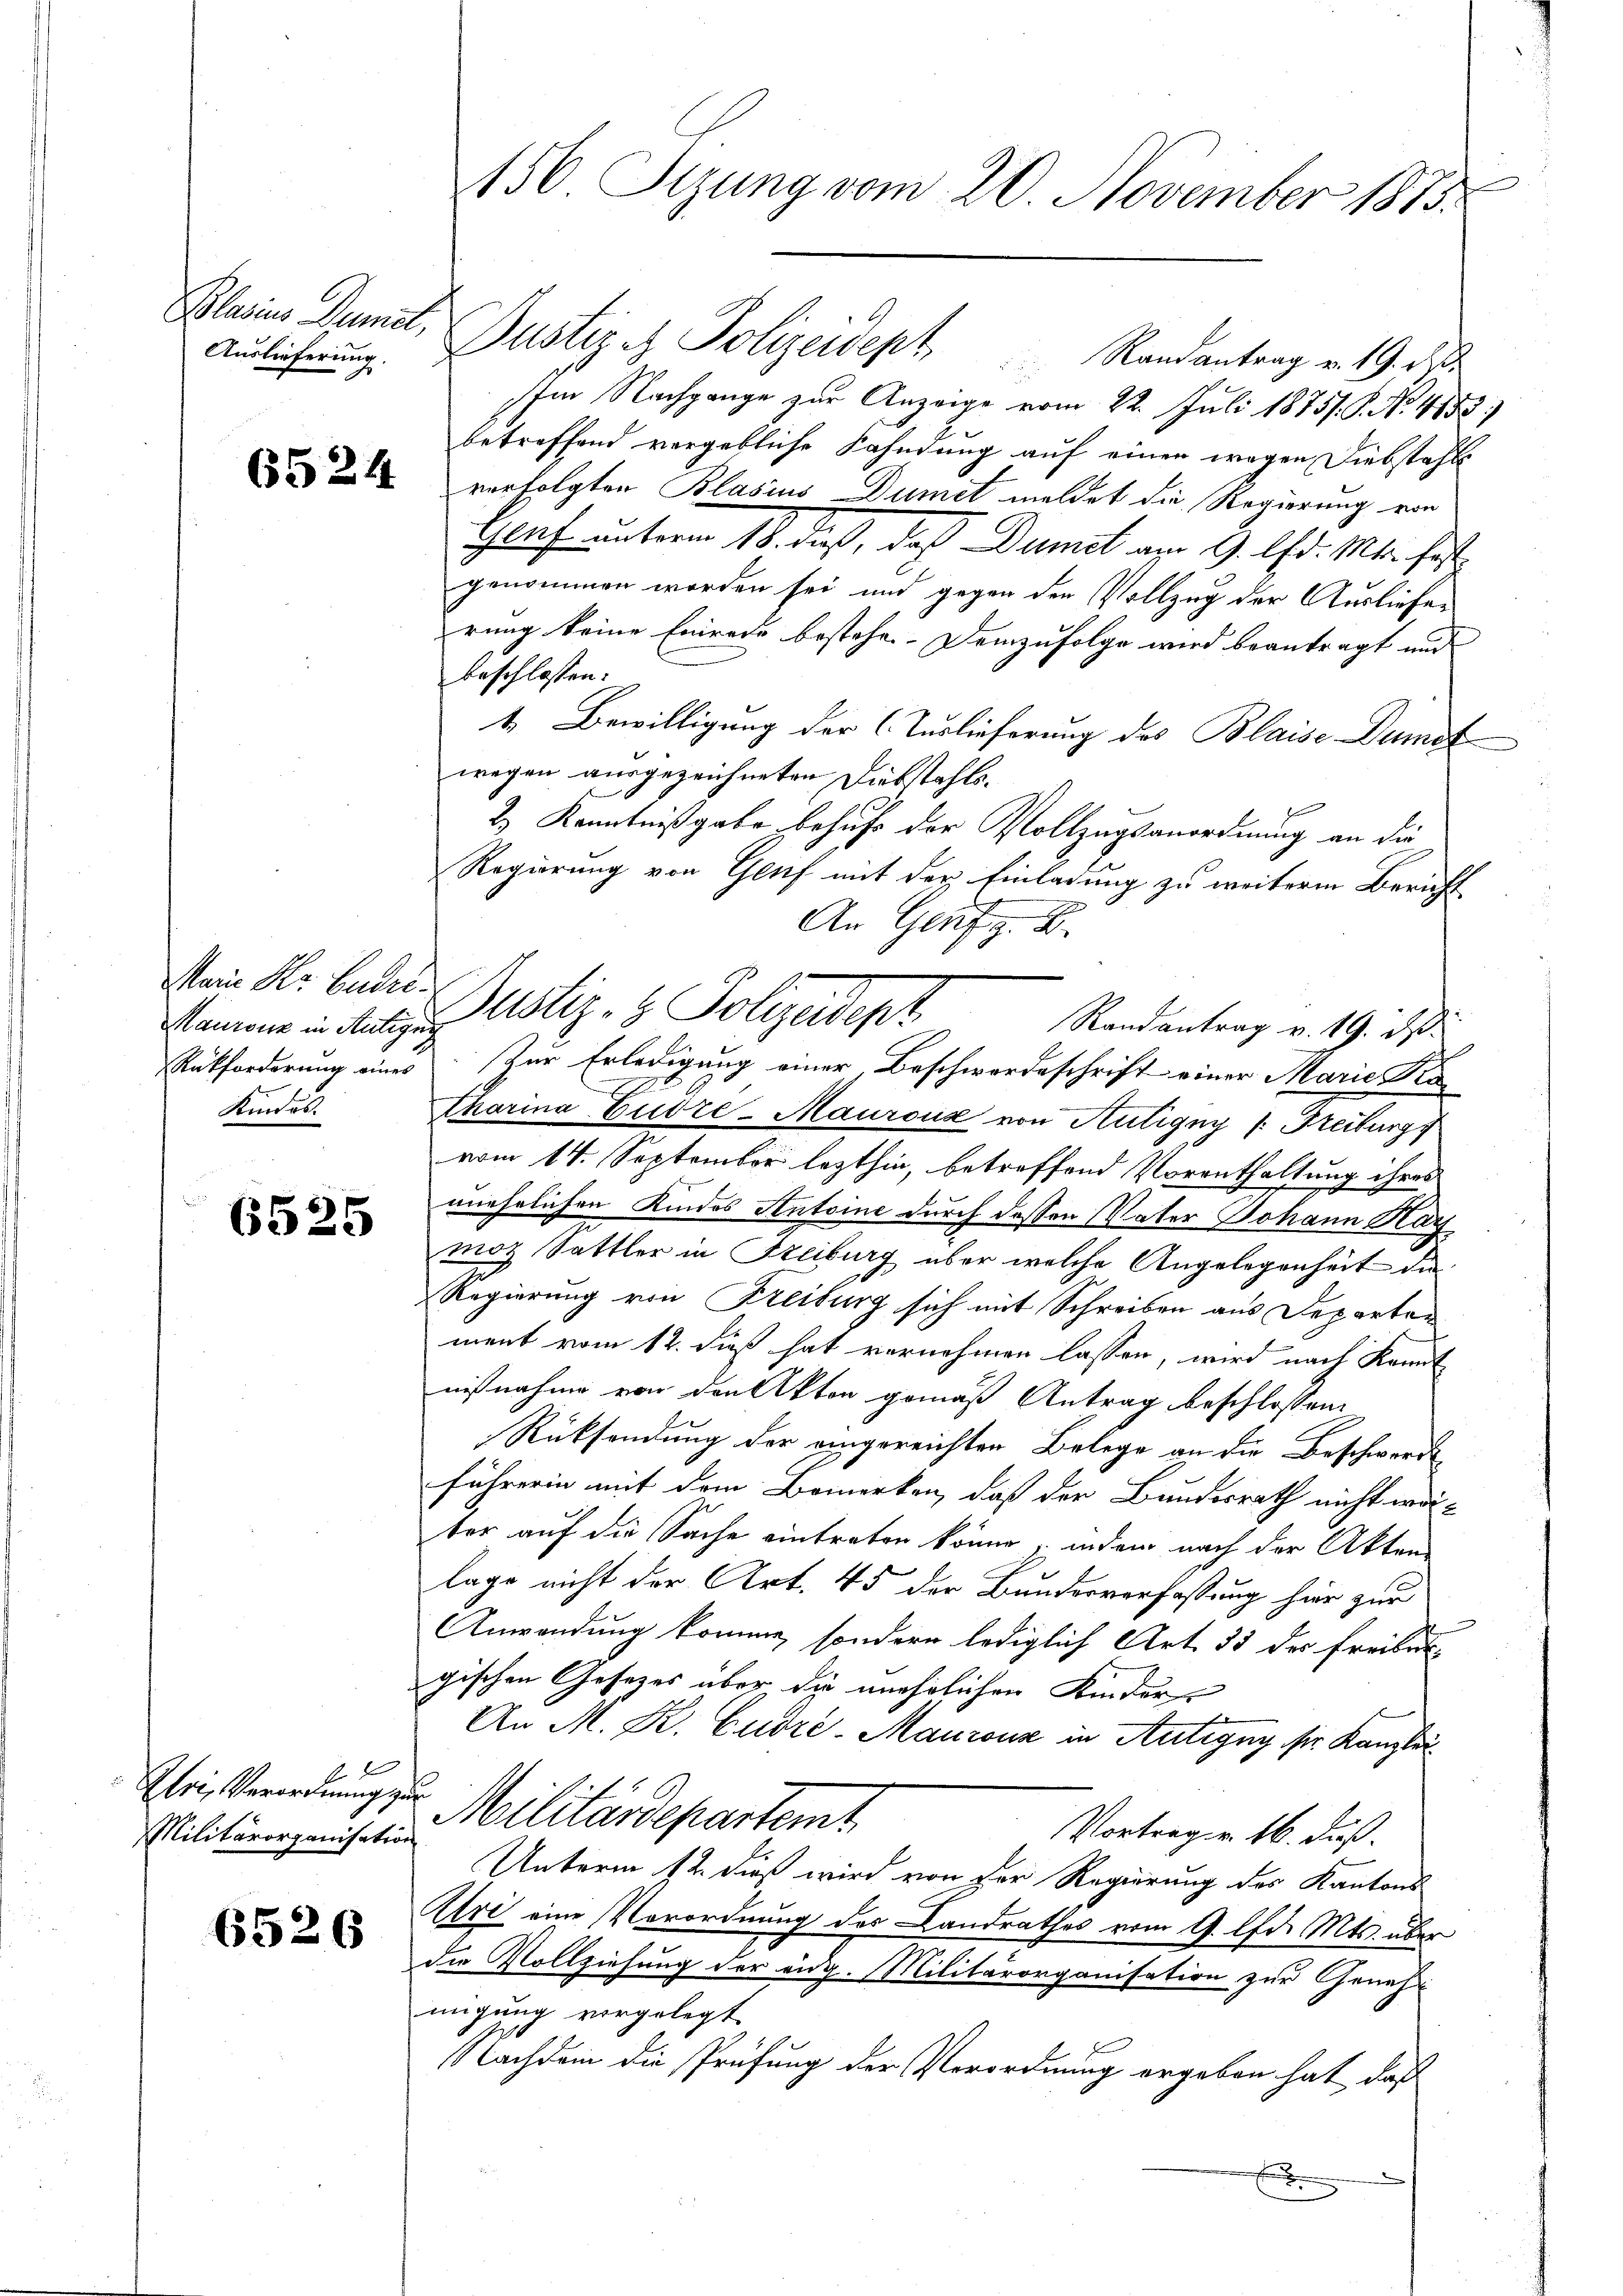
Auslieferung.

6524

Main Fr. Bundes
Rükforderung eines
Kindes.

6525

x
Uri, Verordnung zu
Militärorganisation

6526

156 Sizung vom 20. November 1873.

Blasius Damel, Justiz - Polizeidept Randantrag v. 19. ds
Im Nachgange zur Anzeige vom 22. Juli 1875. P. No. 4153)
betreffend vergebliche Kahndung auf einen wegen Diebstahls
verfolgten Blasius Dumit meldet die Regierung von
Genf unterm 18. dieß, daß Dumet am 9. lfd. Mts. fest
genommen worden sei und gegen der Vollzug der Ausliefer
rung keine Einrede bestehe. Demzufolge wird beantragt und
beschlossen:
t. Bewilligung der (Tuslieferung des Blaise Dumot
wegen ausgezeichneten Diebstahls¬
E
2.) Kenntnißgabe behufs der Vollzugsanordnung an die
Regierung von Genf mit der Einladung zu weiterm Bericht
An Genf z. B.
Randantrag v. 19. ds.
Zur Erledigung einer Beschwordeschrift einer Marie Pra¬
Charina Cudre-Mauroix von Hutigny v. Freiburg
vom 14. September lezthin, betreffend Vorenthaltung ihres
unehrlichen Kindes Antoine durch dessen Vater Johann Kay
moz Sattler in Steiburg über welche Angelegenheit de
Regierung von Freiburg sich mit Schreiben aus Departen
ment vom 12. dieß hat vornehmen lassen, wird nach Kannt
nisnahme von den Akten gemäß Antrag beschlossen:
Rücksendung der eingereichten Belege an die Beschwerde
führerin mit dem Bemerken, daß der Bundesrath nicht worter auf die Sache eintreten könne, indem nach der Akten
lage nicht der Art. 45 der Bundesverfassung hier zur
Anwendung komme, sondern lediglich Art. 33 des Freiber-
gischen Gesetzes über die unehelichen Kinder-
An M. K. Cudre-Maurenz in Antigny sr. Kanzlei
n
Militärdepartemt
Vortrag v. 16. dieß.
Unterm 12. dieß wird von der Regierung des Kantons-
Atri eine Verordnung des Landrathes vom 9. lfd. Mts. über
die Vollziehung der eidg. Militärorganisation zur Geneh
migung vorgelegt
NNachdem die Prüfung der Verordnung ergeben hat, daß
x

Ammann in Antigen stiz- & Polizeidep